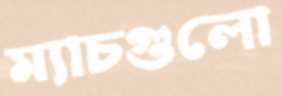
ম্যাচগুলো